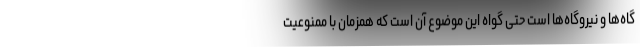
گاه‌ها و نیروگاه‌ها است حتی گواه این موضوع آن است که همزمان با ممنوعیت